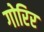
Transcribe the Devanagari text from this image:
गोरिर